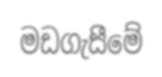
මඩගැසීමේ